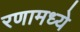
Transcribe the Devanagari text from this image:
रणामध्ये